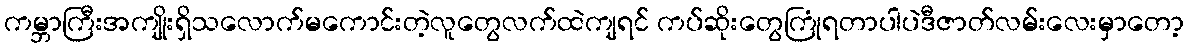
ကမ္ဘာကြီးအကျိုးရှိသလောက်မကောင်းတဲ့လူတွေလက်ထဲကျရင် ကပ်ဆိုးတွေကြုံရတာပါပဲဒီဇာတ်လမ်းလေးမှာတော့